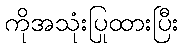
ကိုအသုံးပြုထားပြီး